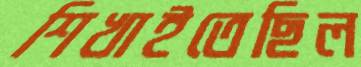
শিখাইতেছিল